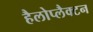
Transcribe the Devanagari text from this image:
हैलोप्लैक्टन